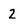
Character: 2